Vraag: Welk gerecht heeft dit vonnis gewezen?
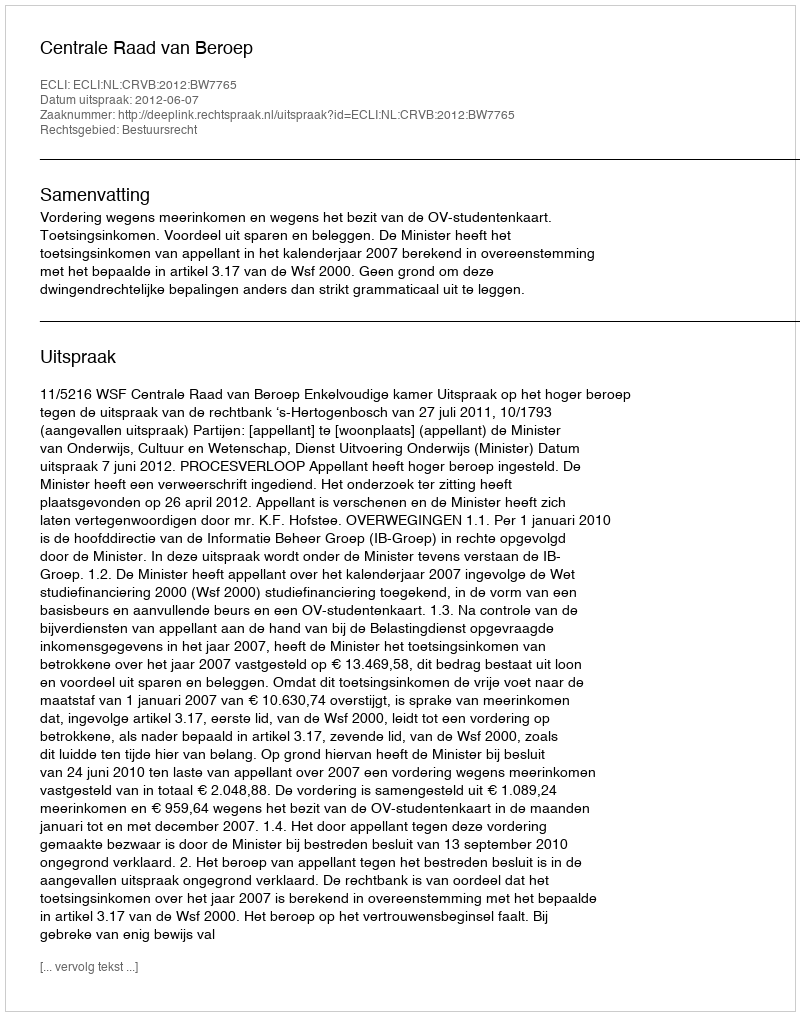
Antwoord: Centrale Raad van Beroep